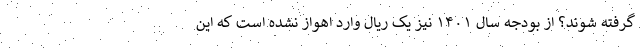
گرفته شوند؟ از بودجه سال ۱۴۰۱ نیز یک ریال وارد اهواز نشده است که این